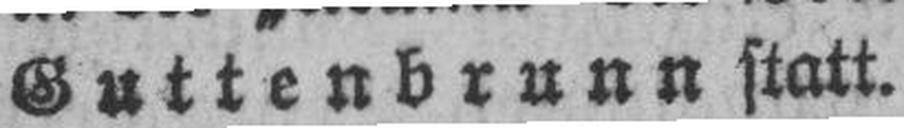
Guttenbrunn statt.